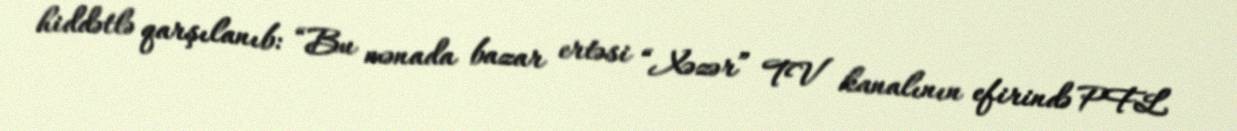
hiddətlə qarşılanıb: “Bu mənada bazar ertəsi “Xəzər” TV kanalının efirində PFL